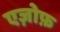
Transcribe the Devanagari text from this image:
एज़ोफ़